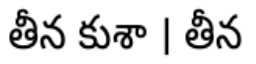
తీన కుశా । తీన